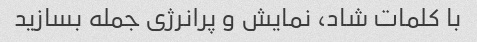
با کلمات شاد، نمایش و پرانرژی جمله بسازید